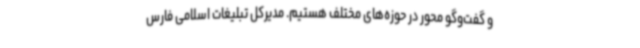
و گفت‌وگو محور در حوزه‌های مختلف هستیم. مدیرکل تبلیغات اسلامی فارس